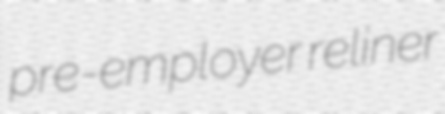
pre-employer reliner